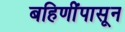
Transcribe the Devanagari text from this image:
बहिणींपासून